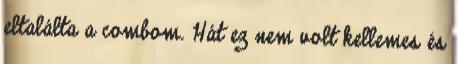
eltalálta a combom. Hát ez nem volt kellemes és